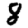
Digit: 8